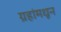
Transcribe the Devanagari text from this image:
ग्रहांमधून